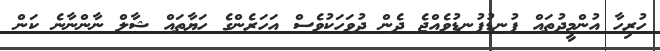
ހުރިހާ އުންމީދުތައް ފުނޑުފުނޑުވެއްޖެ ދެން ދުވަހަކުވެސް އަހަރެންގެ ހަޔާތައް ޝާލް ނާންނާނެ ކަން